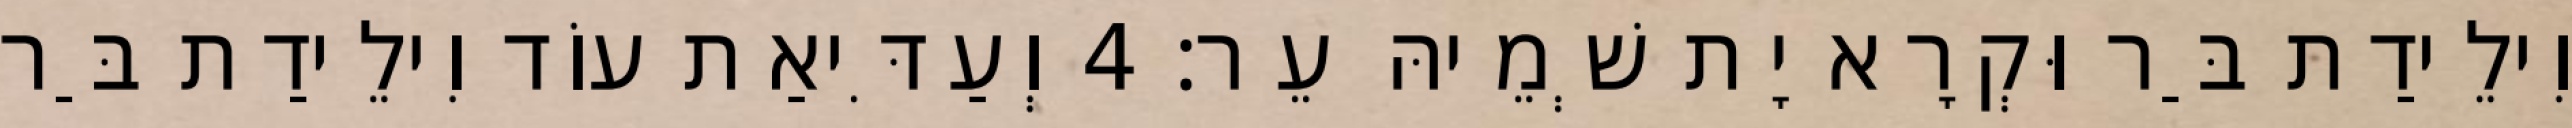
וִילֵידַת בַּר וּקְרָא יָת שְׁמֵיהּ עֵר׃ 4 וְעַדִּיאַת עוֹד וִילֵידַת בַּר